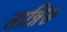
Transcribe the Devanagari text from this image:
तान्निरू